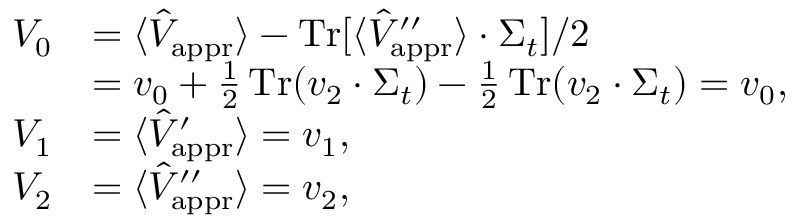
\begin{array} { r l } { V _ { 0 } } & { = \langle \hat { V } _ { \mathrm { a p p r } } \rangle - \operatorname { T r } [ \langle \hat { V } _ { \mathrm { a p p r } } ^ { \prime \prime } \rangle \cdot \Sigma _ { t } ] / 2 } \\ & { = v _ { 0 } + \frac { 1 } { 2 } \operatorname { T r } ( v _ { 2 } \cdot \Sigma _ { t } ) - \frac { 1 } { 2 } \operatorname { T r } ( v _ { 2 } \cdot \Sigma _ { t } ) = v _ { 0 } , } \\ { V _ { 1 } } & { = \langle \hat { V } _ { \mathrm { a p p r } } ^ { \prime } \rangle = v _ { 1 } , } \\ { V _ { 2 } } & { = \langle \hat { V } _ { \mathrm { a p p r } } ^ { \prime \prime } \rangle = v _ { 2 } , } \end{array}